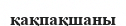
қақпақшаны